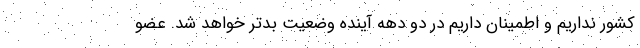
کشور نداریم و اطمینان داریم در دو دهه آینده وضعیت بدتر خواهد شد. عضو